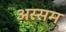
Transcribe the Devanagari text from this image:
अस्सम